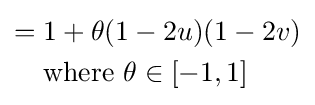
{\begin{aligned}={}&1+\theta (1-2u)(1-2v)\\&{\text{where }}\theta \in [-1,1]\end{aligned}}